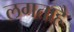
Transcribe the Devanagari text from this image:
लगताहै